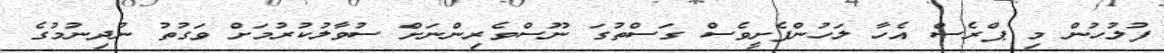
ފުލުހުން މި ޕްރެސް އެހާ ލަހުންފެށީވެސް ގަސްތުގަ ނޫސްވެރިންނަށް ސުވާލުކުރުމަށް ވަގުތު ނުދިނުމުގެ